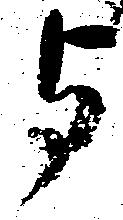
与